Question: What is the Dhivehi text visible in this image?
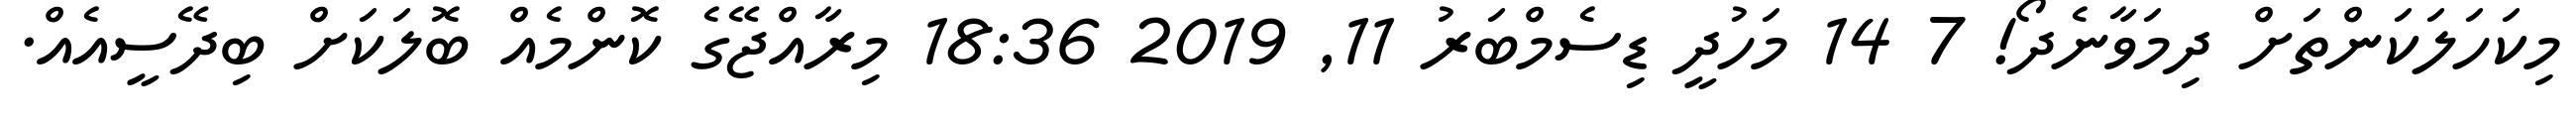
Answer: މިކަހަލަކަންތަށް ދިމަވާނެދޯ! 7 14 މަހުދީ ޑިސެމްބަރު 11, 2019 18:36 މިރާއްޖޭގެ ކޮންމެއް ބޮލަކަށް ބިދޭސީއެއް.